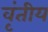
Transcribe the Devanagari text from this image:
वृंतीय